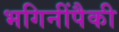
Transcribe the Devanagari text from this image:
भगिनींपैकी